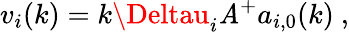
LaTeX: v_{i}(k)=k\Deltau_{i}\mathit{A}^{+}a_{i,0}(k)\ ,